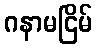
ဂနာမငြိမ်